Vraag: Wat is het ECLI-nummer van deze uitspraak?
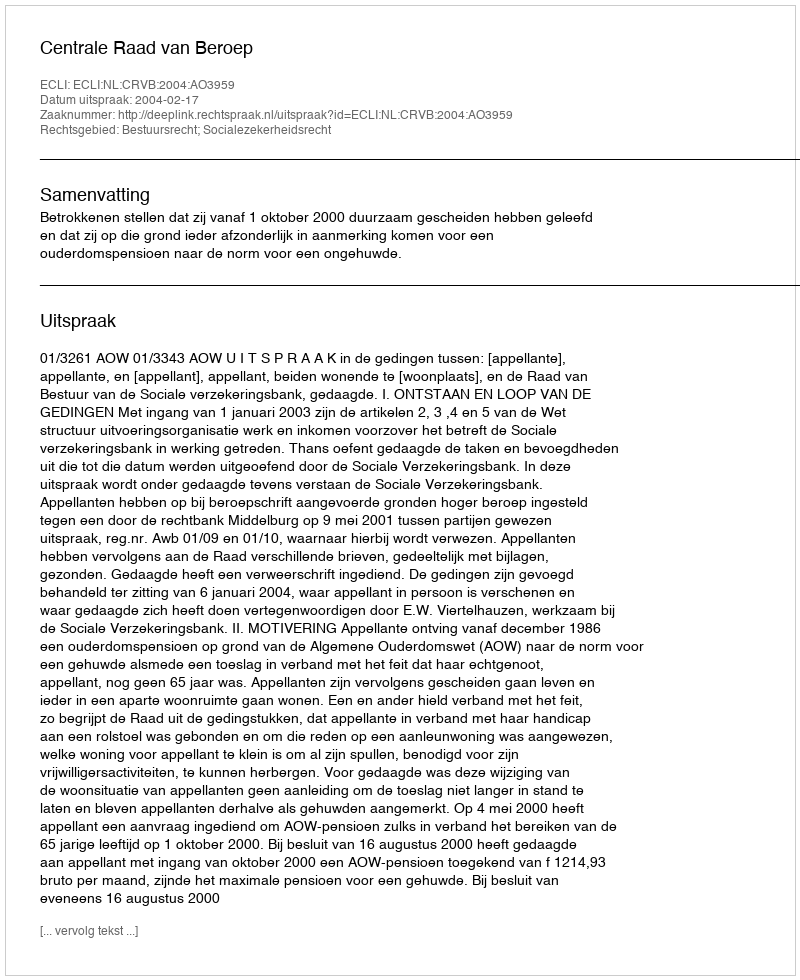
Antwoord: ECLI:NL:CRVB:2004:AO3959